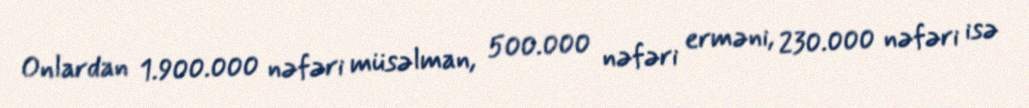
Onlardan 1.900.000 nəfəri müsəlman, 500.000 nəfəri erməni, 230.000 nəfəri isə